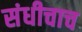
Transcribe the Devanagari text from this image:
संधीचाच